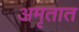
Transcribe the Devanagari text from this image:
अमृतात